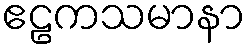
ဧဠကသမာနာ